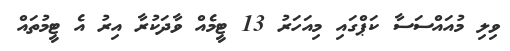
ވިލި މުއައްސަސާ ކަޕްގައި މިއަހަރު 13 ޓީމެއް ވާދަކުރާ އިރު އެ ޓީމުތައް